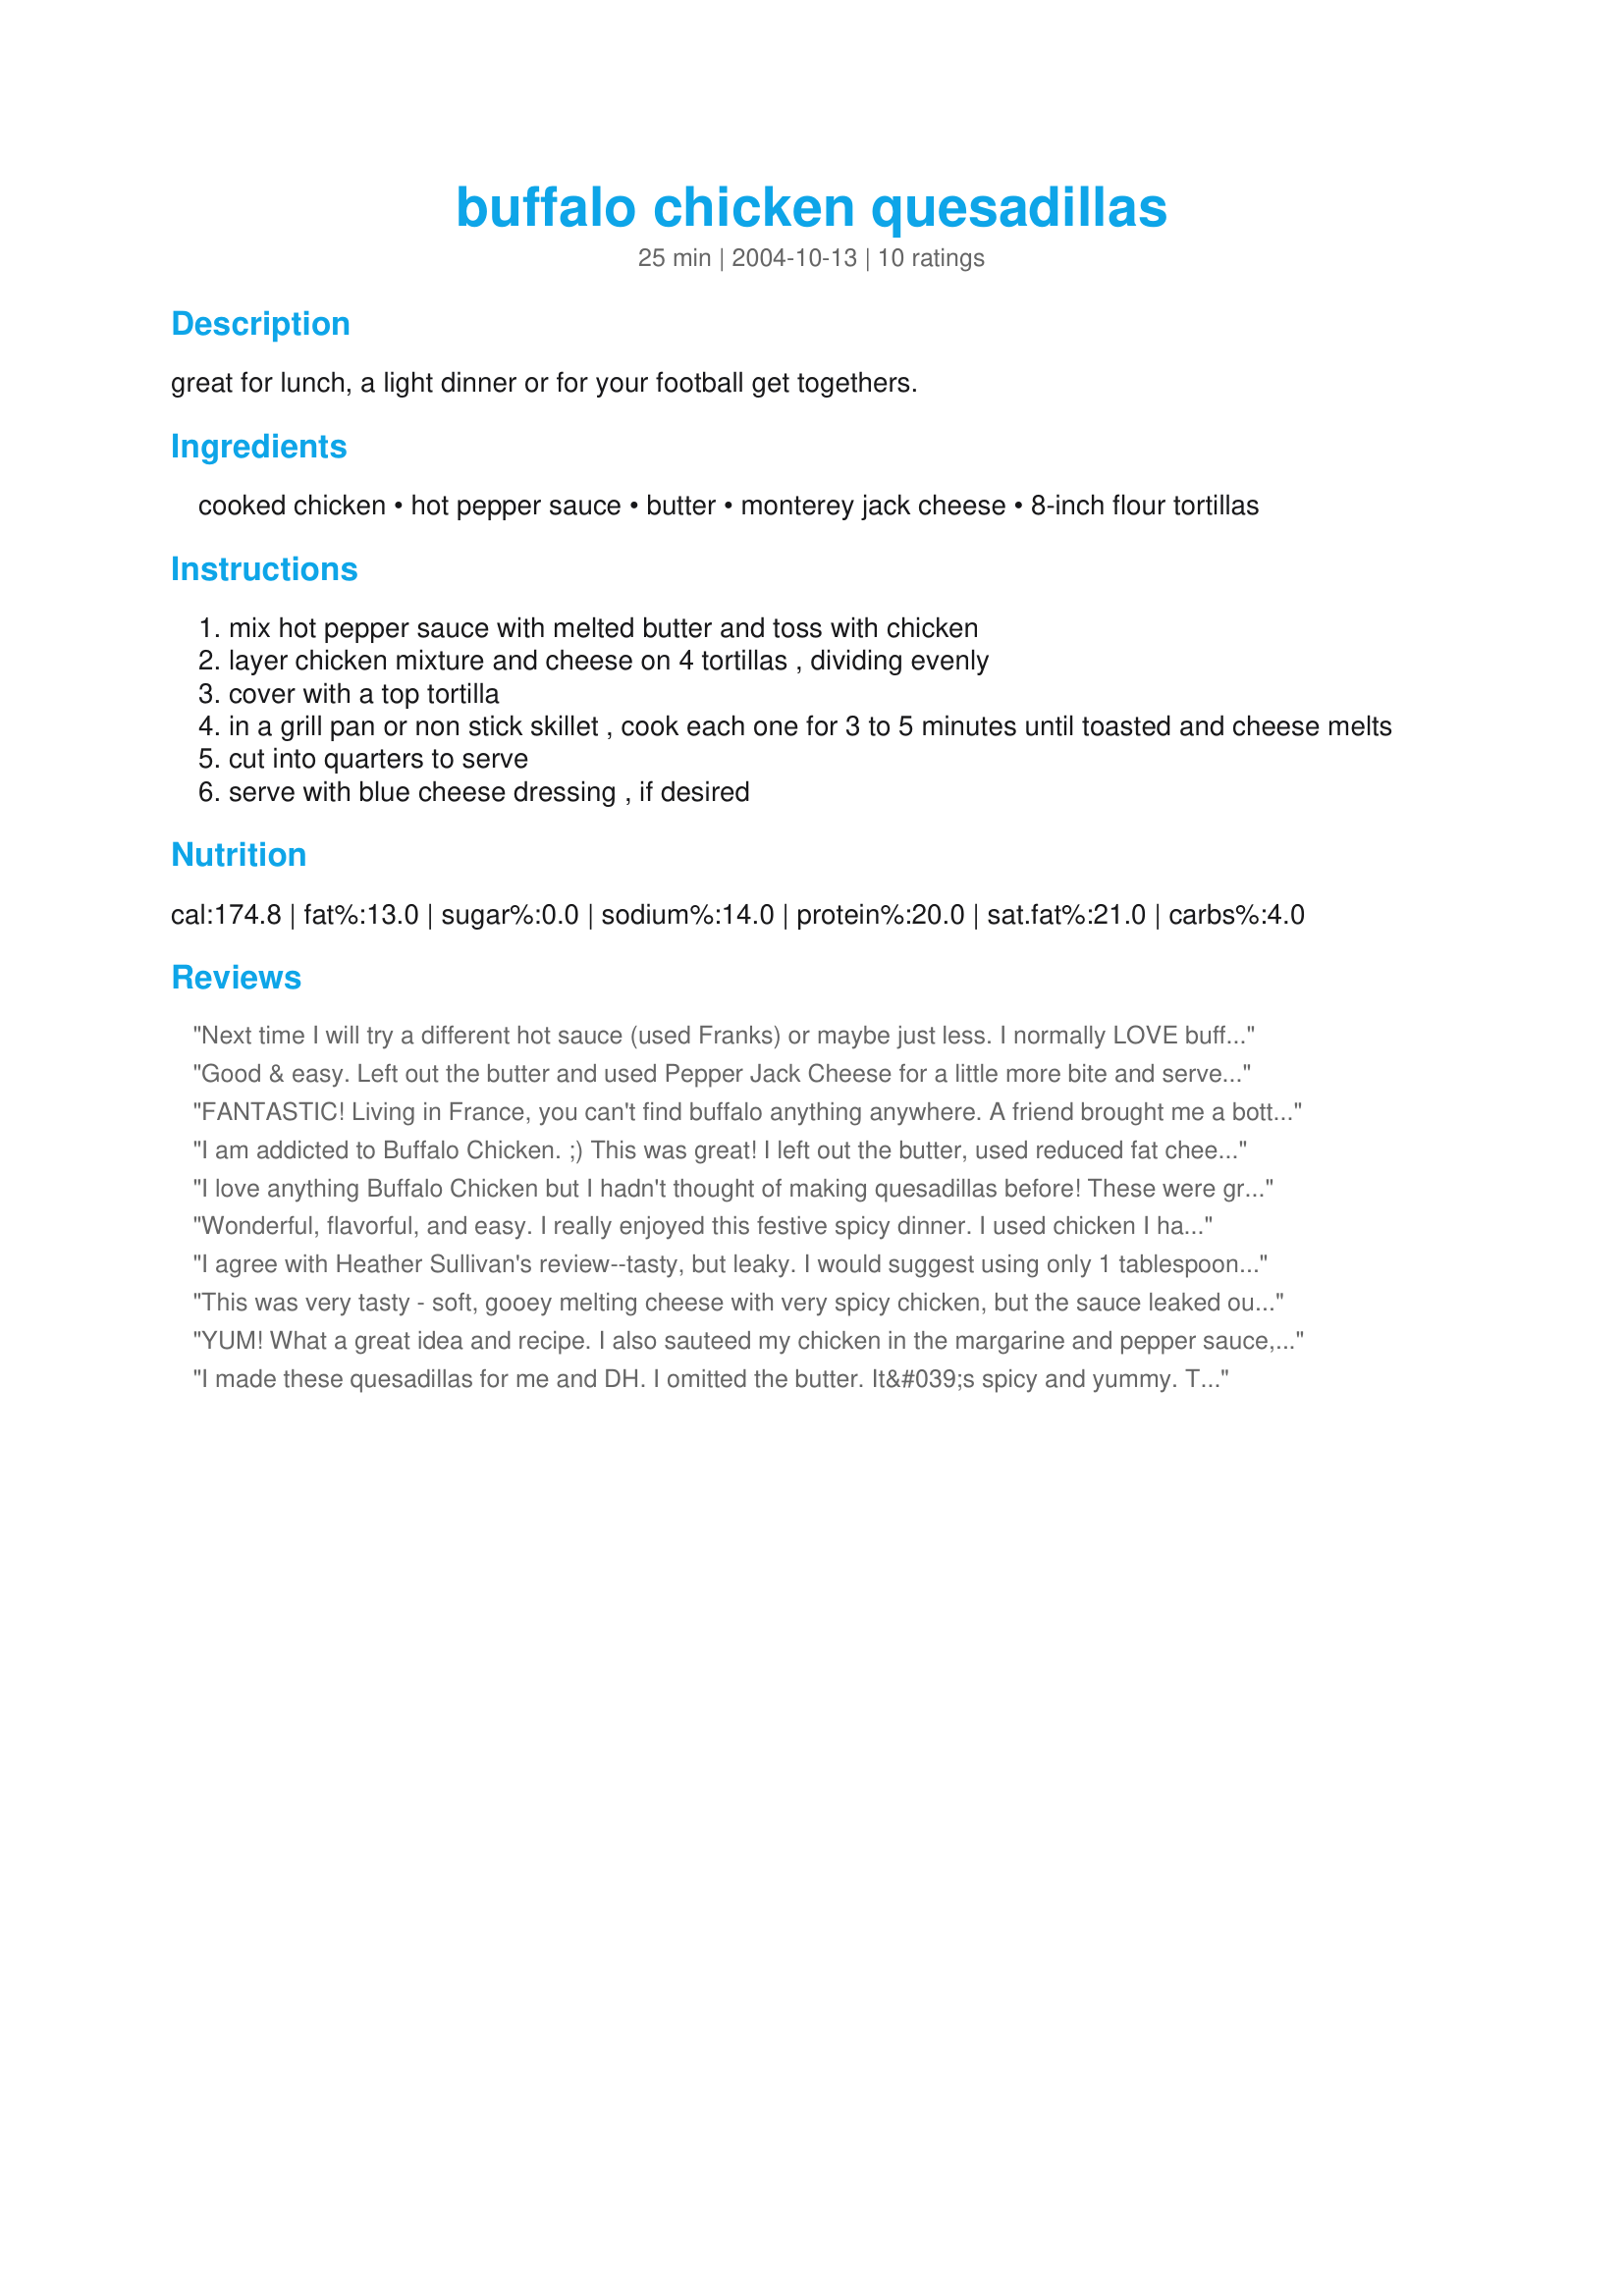
buffalo chicken quesadillas
Preparation time: 25 minutes

great for lunch, a light dinner or for your football get togethers.

Ingredients:
cooked chicken, hot pepper sauce, butter, monterey jack cheese, 8-inch flour tortillas

Steps:
mix hot pepper sauce with melted butter and toss with chicken
layer chicken mixture and cheese on 4 tortillas , dividing evenly
cover with a top tortilla
in a grill pan or non stick skillet , cook each one for 3 to 5 minutes until toasted and cheese melts
cut into quarters to serve
serve with blue cheese dressing , if desired

Reviews:
Next time I will try a different hot sauce (used Franks) or maybe just less. I normally LOVE buffalo chix wings, but the sauce was a little too strong for me. I will make again, these were good!
Good & easy. Left out the butter and used Pepper Jack Cheese for a little more bite and served with sour cream and chopped green onions. Great way to use up leftover chicken.
FANTASTIC! Living in France, you can't find buffalo anything anywhere. A friend brought me a bottle of Frank's when she came to visit recently, and I used it for this dish. So good! Much healthier than fried wings too. I sauteed the chicken in the butter/sauce before loading it into the tortillas and I think this made it less runny, as I had no problem with drippage. Thanks for a great recipe! I will be making this often.
I am addicted to Buffalo Chicken. ;) This was great! I left out the butter, used reduced fat cheese, and whole wheat tortillas. I dipped mine in light sour cream as well. Very yummy, thanks for sharing!
I love anything Buffalo Chicken but I hadn't thought of making quesadillas before! These were great with bleu cheese. I used Frank's pre-mixed "Wing Sauce" instead of the hot pepper sauce and butter, and added some sauteed peppers and onions. I also used 6" tortillas, which just meant they were more full, I guess.
Wonderful, flavorful, and easy. I really enjoyed this festive spicy dinner. I used chicken I had prepared from recipe #84486 Crockpot Picante Chicken by Kristen in Chicago. I used whole wheat tortillas, boneless - skinless chicken breast meat, part skim mozzarella, and light butter. I do not think the taste was compromised one bit. If anyone was to make this recipe and not tell that they utilized lower fat products, that person would never know the difference. I did not find the quesadilla too messy. I shredded the chicken and added the sauce mixture which I think soaked up a lot of the excess liquid.
I agree with Heather Sullivan's review--tasty, but leaky. I would suggest using only 1 tablespoon butter instead, to lessen the leakage, and maybe pepper jack cheese for a little more bite.
This was very tasty - soft, gooey melting cheese with very spicy chicken, but the sauce leaked out of the quesadillas which was messy; something my husband didn't like at all. I had mine with a bit of ranch dressing which went nicely with the spicy buffalo sauce.
YUM! What a great idea and recipe. I also sauteed my chicken in the margarine and pepper sauce, so my quesadilla wasn't runny. I added some paprika and a bit of cayenne powder for extra heat. DH dipped his in salsa.
I made these quesadillas for me and DH. I omitted the butter. It&#039;s spicy and yummy. Thanks Marie :) Made for Name that ingredient tag game
